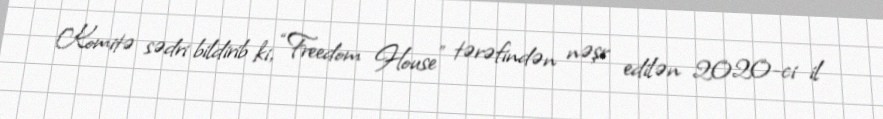
Komitə sədri bildirib ki, “Freedom House” tərəfindən nəşr edilən 2020-ci il